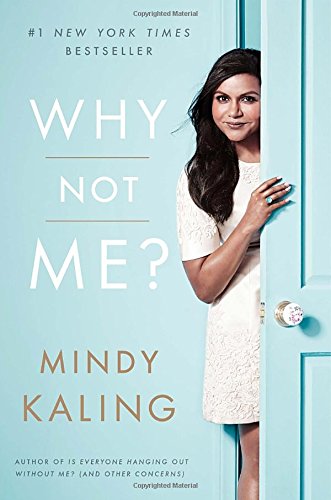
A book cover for Why Not Me?; Mindy Kaling; Humor & Entertainment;